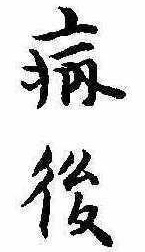
病後